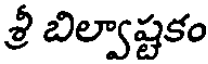
శ్రీ బిల్వాష్టకం